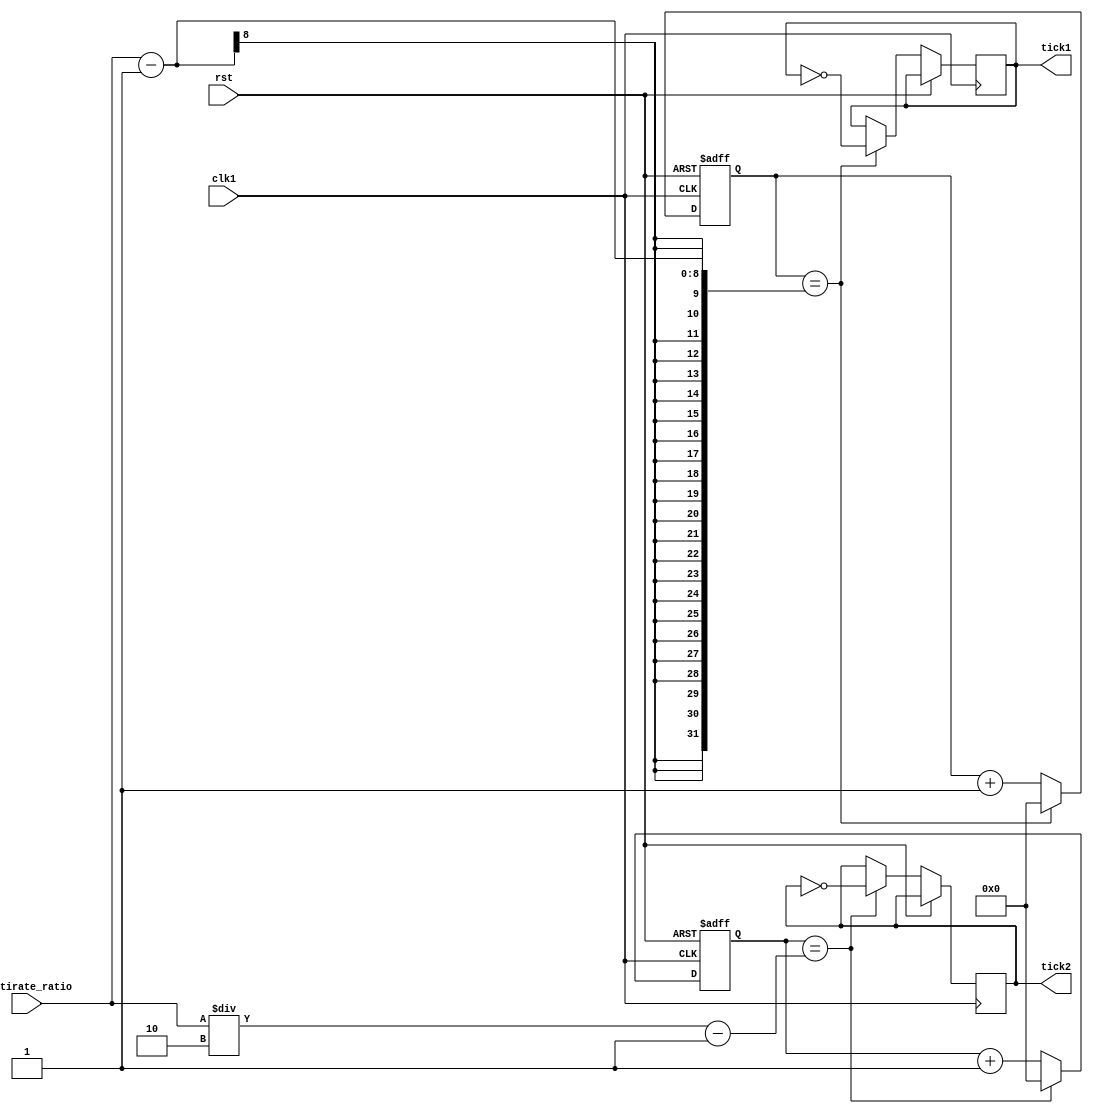
module multirate_timer (
    input wire clk1, // main clock signal
    input wire rst, // reset signal
    input wire [7:0] multirate_ratio, // ratio for multirate timing

    output wire tick1, // timing signal 1
    output wire tick2 // timing signal 2
);

reg [7:0] counter1;
reg [7:0] counter2;
reg [7:0] compare_value1;
reg [7:0] compare_value2;

always @(posedge clk1 or posedge rst) begin
    if (rst) begin
        counter1 <= 8'b0;
        counter2 <= 8'b0;
    end else begin
        counter1 <= counter1 + 1;
        counter2 <= counter2 + 1;
        if (counter1 == multirate_ratio - 1) begin
            counter1 <= 8'b0;
            tick1 <= ~tick1;
        end
        if (counter2 == multirate_ratio/2 - 1) begin
            counter2 <= 8'b0;
            tick2 <= ~tick2;
        end
    end
end

endmodule